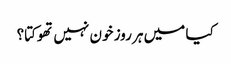
کیا میں ہر روز خون نہیں تھوکتا؟